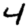
Digit: 4